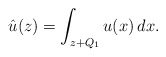
\begin{align*}\hat{u} (z) =\int_{z+Q_1} u(x)\, dx.\end{align*}